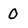
Character: 0